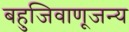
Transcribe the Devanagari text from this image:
बहुजिवाणूजन्य